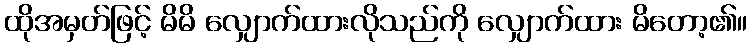
ထိုအမှတ်ဖြင့် မိမိ လျှောက်ထားလိုသည်ကို လျှောက်ထား မိတော့၏။